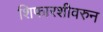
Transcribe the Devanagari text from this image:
शिफारशीवरुन